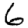
Digit: 6